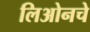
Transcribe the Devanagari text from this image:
लिओनचे